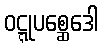
ဝဋ္ဋုပစ္ဆေဒေါ